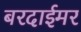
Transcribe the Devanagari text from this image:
बरदाईमर